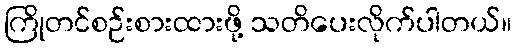
ကြိုတင်စဉ်းစားထားဖို့ သတိပေးလိုက်ပါတယ်။